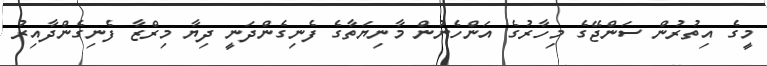
މީގެ އިތުރުން ސަންޖޭގެ މިހާރުގެ އަންހެނުން މާނިޔަތާގެ ފެނިގެންދަނީ ދިޔާ މިރްޒާ ފެނިގެންދާއިރު